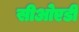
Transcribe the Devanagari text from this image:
सीओएडी